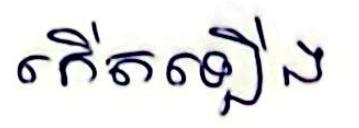
កើតឡើង